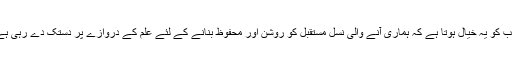
سب کو یہ خیال ہوتا ہے کہ ہماری آنے والی نسل مستقبل کو روشن اور محفوظ بنانے کے لئے علم کے دروازے پر دستک دے رہی ہے۔